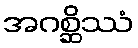
အဂစ္ဆိဿံ